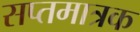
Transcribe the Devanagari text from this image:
सप्तमात्रक